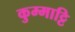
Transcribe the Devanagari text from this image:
कुम्माट्टि